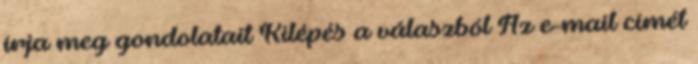
írja meg gondolatait Kilépés a válaszból Az e-mail címét